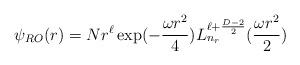
LaTeX: \begin{align*}\psi_{RO}(r)=Nr^\ell\exp(-\frac{\omega r^2}{4})L_{n_r}^{\ell+\frac{D-2}{2}}(\frac{\omega r^2}{2})\end{align*}